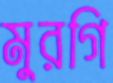
মুরগি